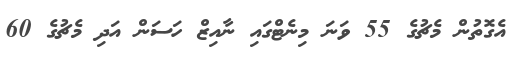
އެގޮތުން މެޗުގެ 55 ވަނަ މިނެޓްގައި ނާއިޒް ހަސަން އަދި މެޗުގެ 60